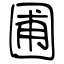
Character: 圃